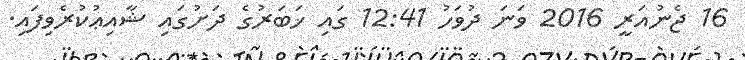
16 ޖެނުއަރީ 2016 ވަނަ ދުވަހު 12:41 ގައި ޚަބަރުގެ ދަށުގައި ޝާއިޢުކުރެވިފައި.